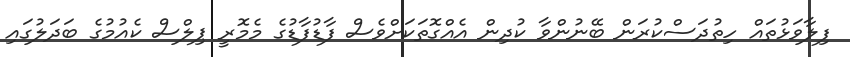
ފިލާވަޅުތައް ހިތުދަސްކުރަން ބޭނުންވާ ކުދިން އެއްގޮތަކަށްވެސް ފާޑުފާޑުގެ މެމޮރީ ޕިލްސް ކެއުމުގެ ބަދަލުގައި